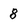
Character: 8